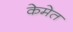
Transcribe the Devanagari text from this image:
केमेत